画像に写った文字を読んでください
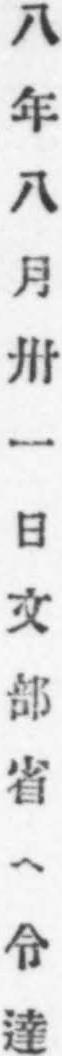
「八年八月卅一日文部省ヘ令達」と書いてあります